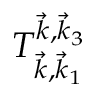
T _ { \vec { k } , \vec { k } _ { 1 } } ^ { \vec { k } , \vec { k } _ { 3 } }